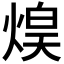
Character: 𤋡